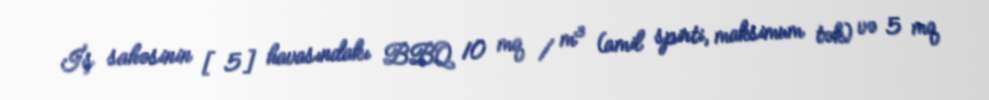
İş sahəsinin [5] havasındakı BBQ 10 mq / m³ (amil spirti, maksimum tək) və 5 mq